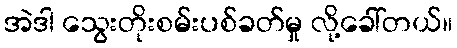
အဲဒါ သွေးတိုးစမ်းပစ်ခတ်မှု လို့ခေါ်တယ်။